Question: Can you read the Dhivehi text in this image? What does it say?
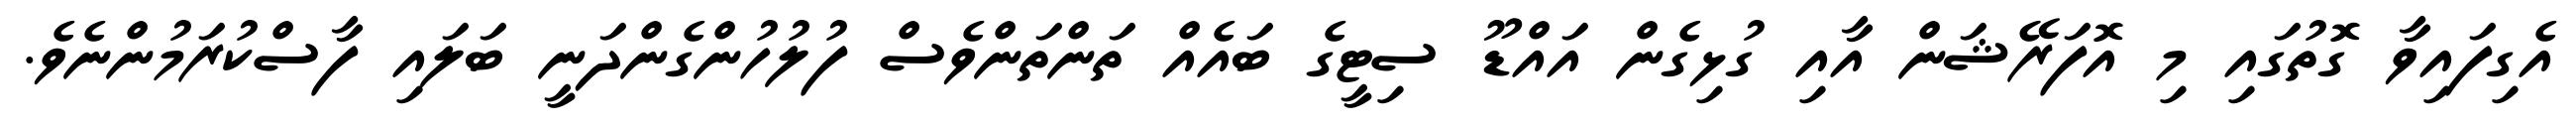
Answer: އެގިފައިވާ ގޮތުގައި މި އޮފަރޭޝަން އާއި ގުޅިގެން އައްޑޫ ސިޓީގެ ބައެއް ތަންތަންވެސް ފުލުހުންގެންދަނީ ބަލައި ފާސްކުރަމުންނެވެ.